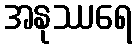
အနုဿရေ